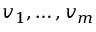
v _ { 1 } , \dots , v _ { m }